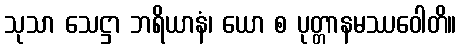
သုသာ သေဋ္ဌာ ဘရိယာနံ၊ ယော စ ပုတ္တာနမဿဝေါတိ။